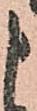
申